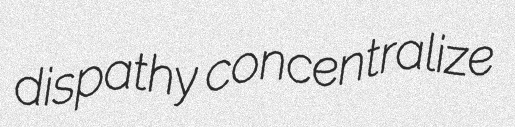
dispathy concentralize